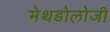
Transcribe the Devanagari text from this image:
मेथडोलोजी